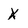
Character: x